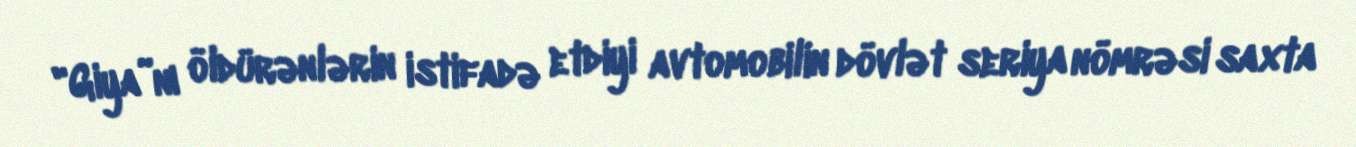
"Giya”nı öldürənlərin istifadə etdiyi avtomobilin dövlət seriya nömrəsi saxta